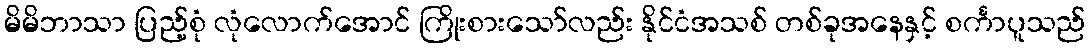
မိမိဘာသာ ပြည့်စုံ လုံလောက်အောင် ကြိုးစားသော်လည်း နိုင်ငံအသစ် တစ်ခုအနေနှင့် စင်္ကာပူသည်